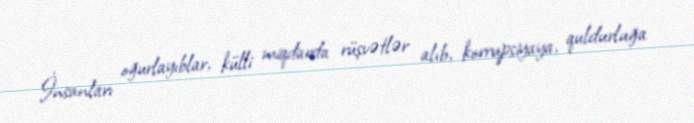
İnsanları oğurlayıblar, külli miqdarda rüşvətlər alıb, korrupsiyaya, quldurluğa